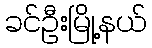
ခင်ဦးမြို့နယ်